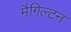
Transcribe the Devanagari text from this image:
मैगिल्टन